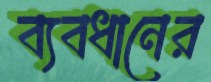
ব্যবধানের